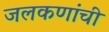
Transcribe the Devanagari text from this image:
जलकणांची